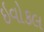
ઇવોકલ